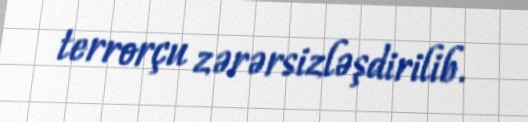
terrorçu zərərsizləşdirilib.